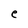
Character: e